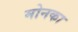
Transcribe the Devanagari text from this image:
मोनका